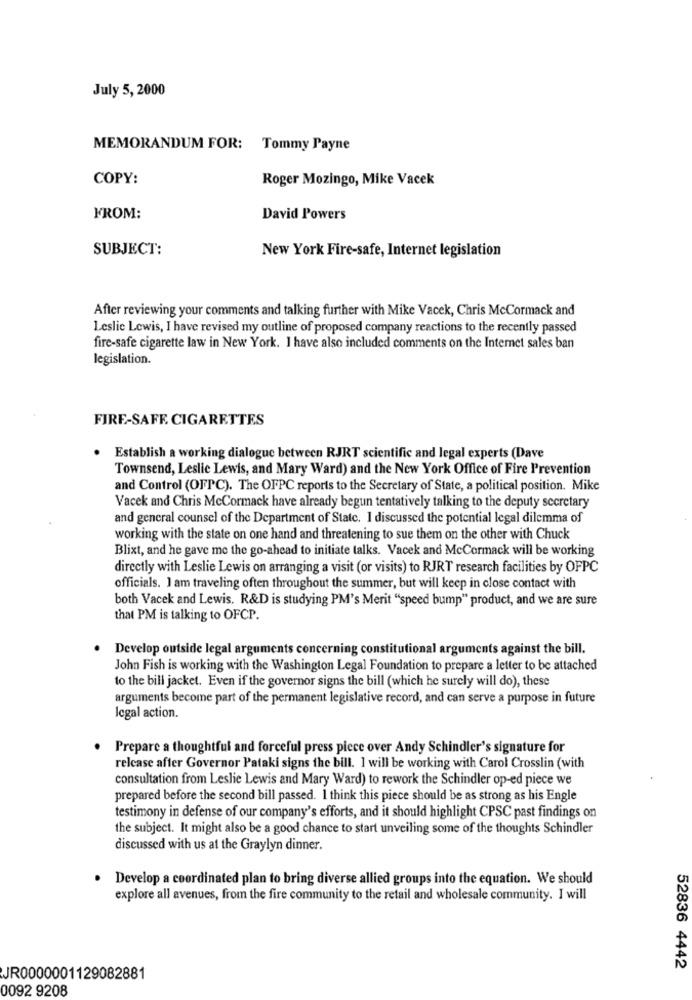
July 5, 2000
MEMORANDUM FOR: Tommy Payne
COPY:
Roger Mozingo, Mike Vacek
FROM:
David Powers
SUBJECT:
New York Fire-safe, Internet legislation
After reviewing your comments and talking further with Mike Vacek, Chris McCormack and
Leslie Lewis, I have revised my outline of proposed company reactions to the recently passed
fire-safe cigarette law in New York. I have also included comments on the Internet sales ban
legislation.
FIRE-SAFF. CIGARETTES
Establish a working dialogue between RJRT scientific and legal experts (Dave
Townsend, Leslic Lewis, and Mary Ward) and the New York Office of Fire Prevention
and Control (OFPC). The OFPC reports to the Secretary of State, a political position. Mike
Vacek and Chris McCormack have already begun tentatively talking to the deputy secretary
and general counsel of the Department of State. I discussed the potential legal dilemma of
working with the state on one hand and threatening to sue them on the other with Chuck
Blixt, and he gave me the go-ahead to initiate talks. Vacek and McCormack will be working
directly with Leslie Lewis on arranging a visit (or visits) to RJRT research facilities by OFPC
officials. I am traveling often throughout the summer, but will keep in close contact with
both Vacek and Lewis. R&D is studying PM's Merit "speed bump" product, and we are sure
that PM is talking to OFCP.
Develop outside legal arguments concerning constitutional arguments against the bill.
John Fish is working with the Washington Legal Foundation to prepare a letter to be attached
to the bill jacket. Even if the governor signs the bill (which he surely will do), these
arguments become part of the permanent legislative record, and can serve a purpose in future
legal action.
Prepare a thoughtful and forceful press piece over Andy Schindler's signature for
relcase affer Governor Pataki signs the bill. I will be working with Carol Crosslin (with
consultation from Leslie Lewis and Mary Ward) to rework the Schindler op-ed piece we
prepared before the second bill passed. I think this piece should be as strong as his Engle
testimony in defense of our company's efforts, and it should highlight CPSC past findings on
the subject. It might also be a good chance to start unveiling some of the thoughts Schindler
discussed with us at the Graylyn dinner.
. Develop a coordinated plan to bring diverse allied groups into the equation. We should
explore all avenues, from the fire community to the retail and wholesale community. I will
52836 4442
JR0000001129082881
0092 9208